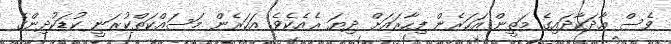
ވެސް އާދަކާދައިގެ މަތީން އަހަރެން ފިހާރައަށް ދިޔަ ރެއެކެވެ. އަހަރެން މަސައްކަތްކުރަނީ ކުޑަކުދިންގެ